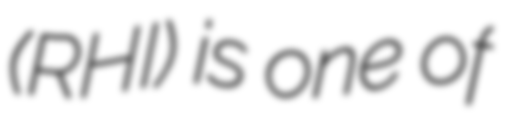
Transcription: (RHI) is one of